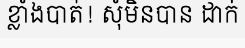
ខ្លាំងបាត់! សុំមិនបាន ដាក់